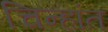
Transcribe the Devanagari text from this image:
चिन्हांत